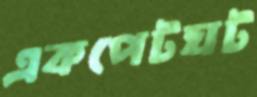
একপেটঘট